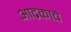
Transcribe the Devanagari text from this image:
आद्रकाचे